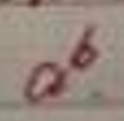
\(a^{6}\)